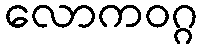
လောကဝဂ္ဂ